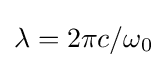
\lambda =2\pi c/\omega _{0}